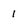
Character: 1